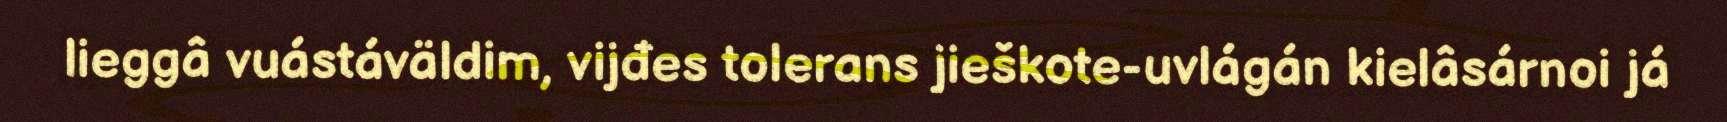
lieggâ vuástáväldim, vijđes tolerans jieškote-uvlágán kielâsárnoi já